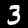
Digit: 3